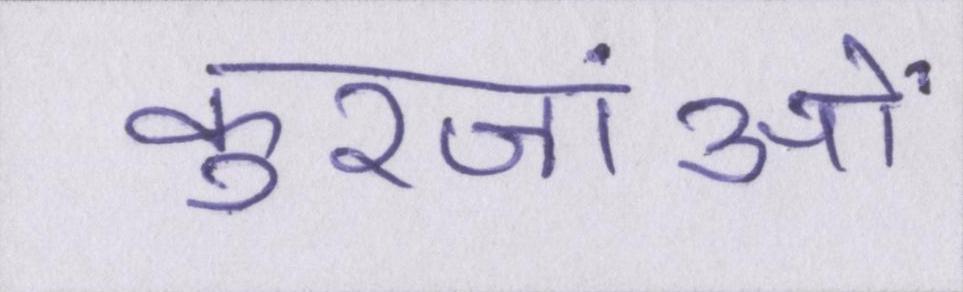
कुरजांओं